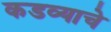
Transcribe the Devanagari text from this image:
कडव्याचे